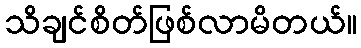
သိချင်စိတ်ဖြစ်လာမိတယ်။